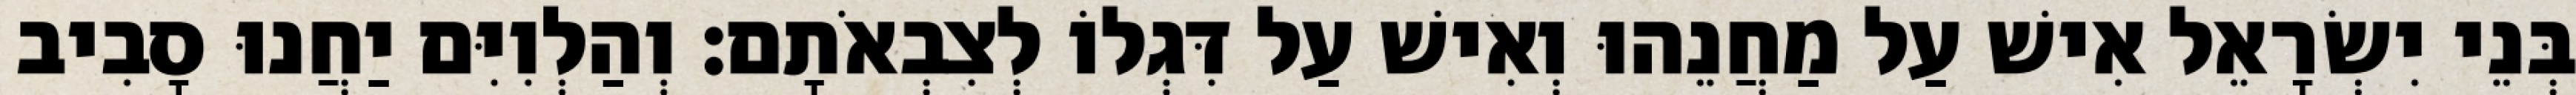
בְּנֵי יִשְׂרָאֵל אִישׁ עַל מַחֲנֵהוּ וְאִישׁ עַל דִּגְלוֹ לְצִבְאֹתָם׃ וְהַלְוִיִּם יַחֲנוּ סָבִיב